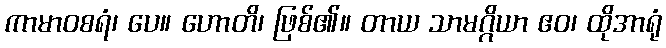
ကာမာဝစရံ၊ ပေ။ ဟောတိ၊ ဖြစ်၏။ တာယ သာမဂ္ဂိယာ ဧဝ၊ ထိုအာရုံ